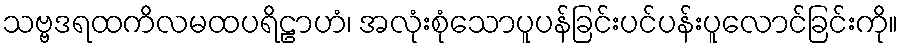
သဗ္ဗဒရထကိလမထပရိဠာဟံ၊ အလုံးစုံသောပူပန်ခြင်းပင်ပန်းပူလောင်ခြင်းကို။